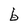
Character: 6